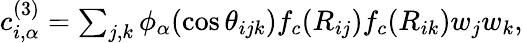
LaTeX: \begin{array}{r}{c_{i,\alpha}^{(3)}=\sum_{j,k}\phi_{\alpha}(\cos{\theta_{ijk}})f_{c}(R_{ij})f_{c}(R_{ik})w_{j}w_{k},}\end{array}